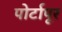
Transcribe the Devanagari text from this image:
पोर्टापूर